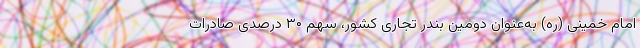
امام خمینی (ره) به‌عنوان دومین بندر تجاری کشور، سهم ۳۰ درصدی صادرات